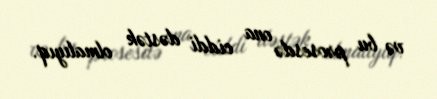
və bu prosesdə ona ciddi dəstək olmalıyıq.